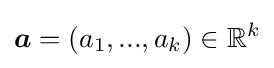
{\boldsymbol {a}}=(a_{1},...,a_{k})\in \mathbb {R} ^{k}